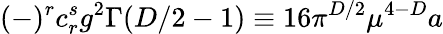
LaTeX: (-)^{r}c_{r}^{s}g^{2}\Gamma(D/2-1)\equiv 16\pi^{D/2}\mu^{4-D}a